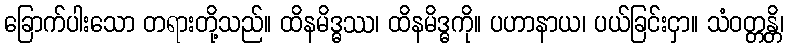
ခြောက်ပါးသော တရားတို့သည်။ ထိနမိဒ္ဓဿ၊ ထိနမိဒ္ဓကို။ ပဟာနာယ၊ ပယ်ခြင်းငှာ။ သံဝတ္တန္တိ၊